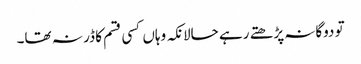
تو دوگانہ پڑھتے رہے حالانکہ وہاں کسی قسم کا ڈر نہ تھا۔